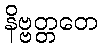
နိဗ္ဗတ္တတေ